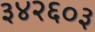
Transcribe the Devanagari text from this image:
३४२६०३